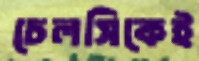
চেলসিকেই